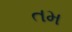
તમ